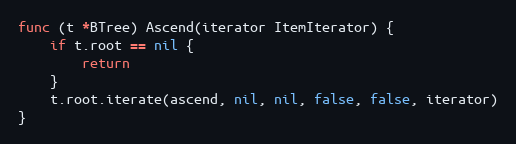
Language: Go
func (t *BTree) Ascend(iterator ItemIterator) {
	if t.root == nil {
		return
	}
	t.root.iterate(ascend, nil, nil, false, false, iterator)
}